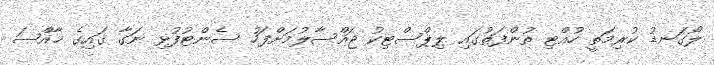
ލޯގަނޑު ކުރިމަތީ ހުއްޓި ތުންފަތުގައި ލިޕްސްޓިކު ޖައްސާލުމަށްފަހު ސެންޓުފުޅި ނަގާ ގައިގެ ޚާއްޞަ